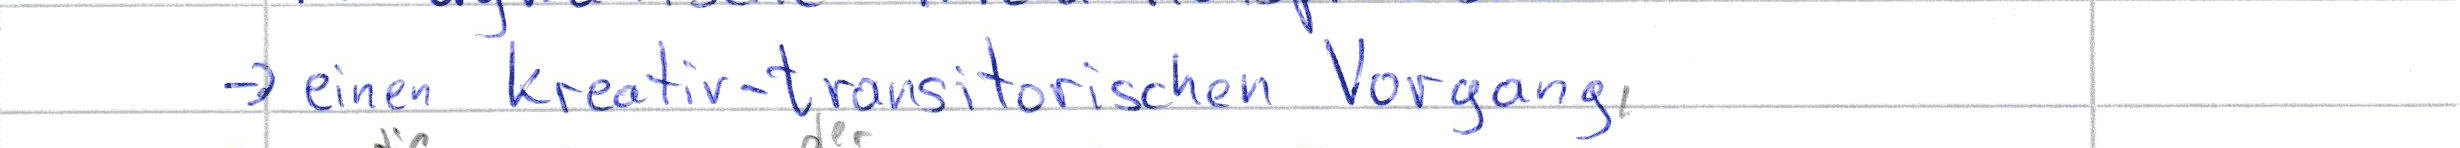
-> einen kreativ-transitorischen Vorgang